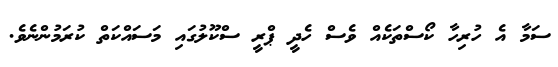
ސަމާ އެ ހުރިހާ ކޯސްތަކެއް ވެސް ހެދީ ޕްރީ ސްކޫލުގައި މަސައްކަތް ކުރަމުންނެވެ.